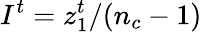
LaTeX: I^{t}=z_{1}^{t}/(n_{c}-1)